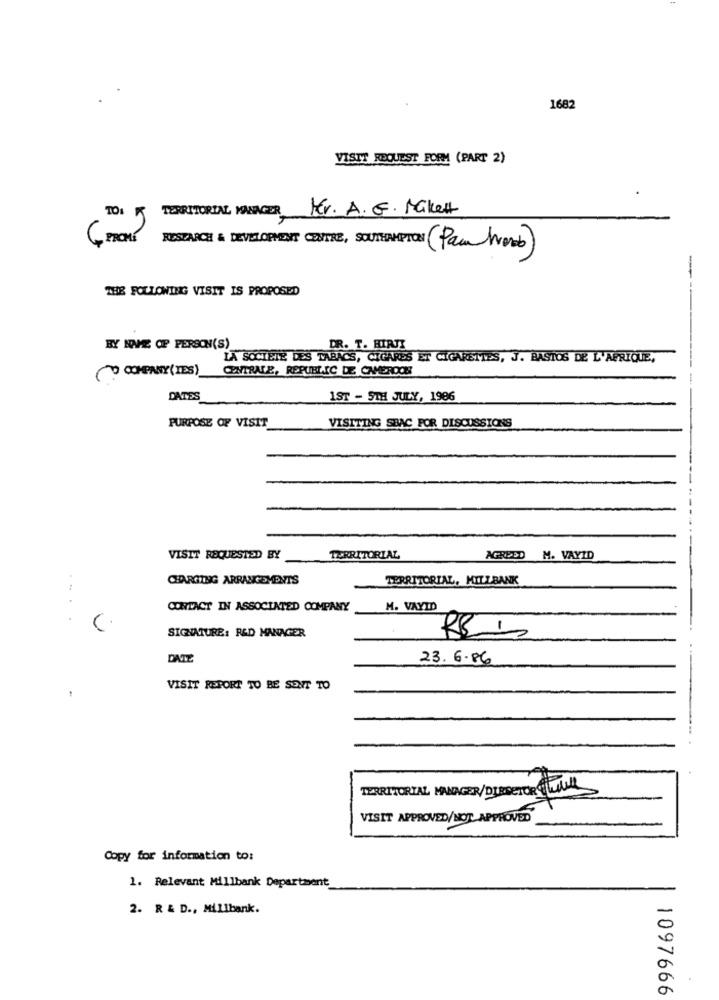
1682
VISIT REQUEST FORM (PART 2)
TERRITORIAL MANAGER MEv. A.G. Makett
TO: 15
RESEARCH & DEVELOPMENT CENTRE, SOUTHAMPTON (Pachoro)
-
THE FOLLOWING VISIT IS PROPOSED
BY NAME OF PERSON(S)
DR. T. HIRJI
LA SOCIETE DES TABACS, CIGARES ET CIGARETTES, J. BASTOS DE L'AFRIQUE,
(? COMPANY (YES)
CENTRALE, REPUBLIC DE CAMEROON
DATES
1ST - STH JULY, 1986
VISITING SBAC FOR DISCUSSIONS
PURPOSE OF VISIT
VISIT REQUESTED BY
TERRITORIAL
AGREED M. VAYID
CHARGING ARRANGEMENTS
TERRITORIAL, MILLBANK
CONTACT IN ASSOCIATED COMPANY
M. VAYID
-
SIGNATURE: R&D MANAGER
DATE
23.6.86
1
VISIT REPORT TO BE SENT TO
TERRITORIAL MANAGER/DIRECTOR Ville
VISIT APPROVED/NOT APPROVED
Copy for information to:
1. Relevant Millbank Department
2. R & D ., Millbank.
1097666